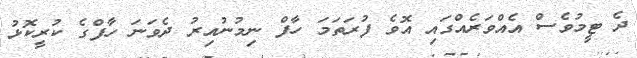
ދެ ޓީމުވެސް އެއްވަރެއްގައި އޮވެ ފުރަތަމަ ހާފް ނިމުނުއިރު ދެވަނަ ހާފްގެ ކުރީކޮޅު